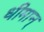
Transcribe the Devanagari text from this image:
धीमान्‌